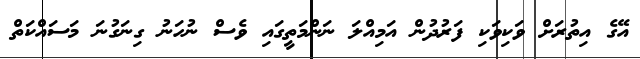
އޭގެ އިތުރަށް ވަކިވަކި ފަރުދުން އަމިއްލަ ނަންމަތީގައި ވެސް ނުހަނު ގިނަގުނަ މަސައްކަތް